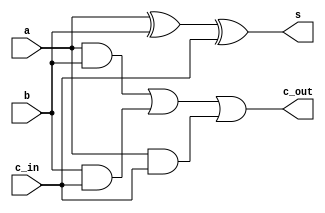
`timescale 1ns / 1ps
//////////////////////////////////////////////////////////////////////////////////
// Company: 
// Engineer: 
// 
// Design Name: 
// Module Name:    full_adder 
// Project Name: 
// Target Devices: 
// Tool versions: 
// Description: 
//
// Dependencies: 
//
// Revision: 
// Revision 0.01 - File Created
// Additional Comments: 
//
//////////////////////////////////////////////////////////////////////////////////
module full_adder(
    input a,
    input b,
    input c_in,
    output s,
    output c_out
    );
	wire w1,w2,w3;
	xor x(s,a,b,c_in);
	and a1(w1,a,b);
	and a2(w2,b,c_in);
	and a3(w3,a,c_in);
	or o(c_out,w1,w2,w3);

endmodule